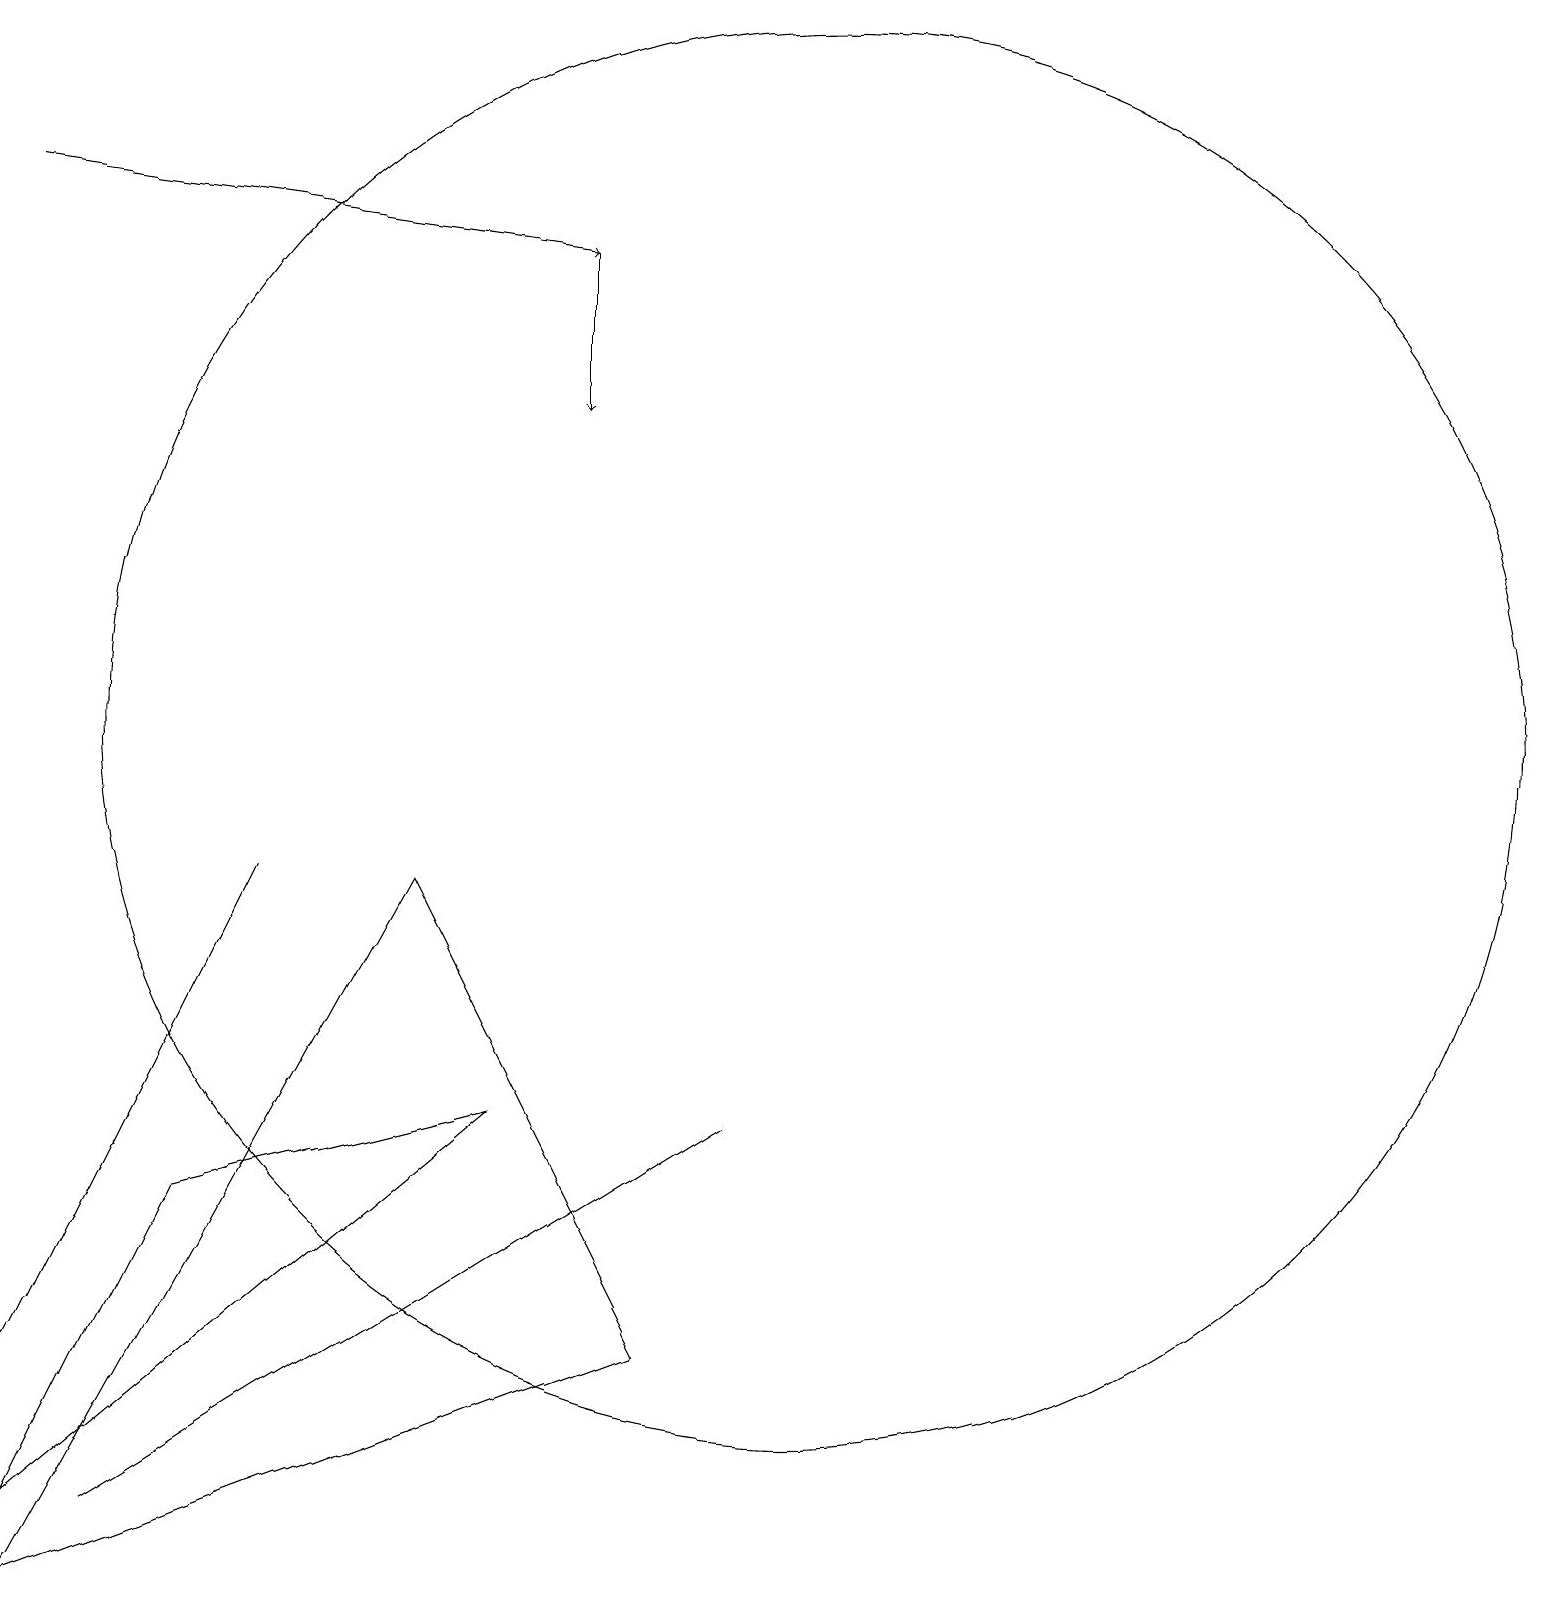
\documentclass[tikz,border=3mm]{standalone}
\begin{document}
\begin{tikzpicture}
\draw (6,6) -- (2,5) -- (0,1) -- cycle;
\draw[->] (7,17) -- (7,15);
\draw (1,5) -- (3,9) -- (0,3) -- cycle;
\draw[->] (0,18) -- (7,17);
\draw (10,11) circle (9);
\draw (1,1) -- (9,6) -- (1,1) -- cycle;
\draw (0,0) -- (8,3) -- (5,9) -- cycle;
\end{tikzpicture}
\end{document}